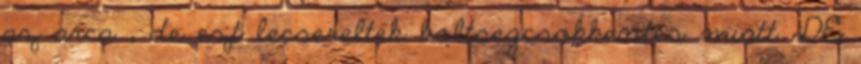
az arca , de ezt lecsereltek koltsegcsokkentes miatt. DE